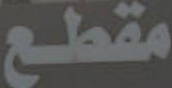
مقطع